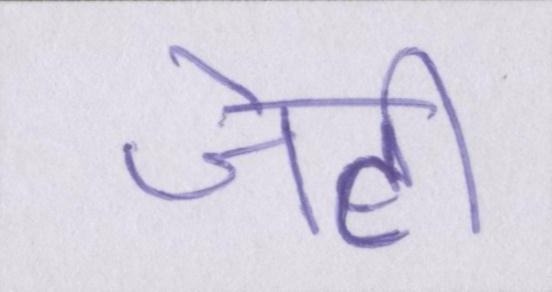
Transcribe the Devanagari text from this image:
जेटी